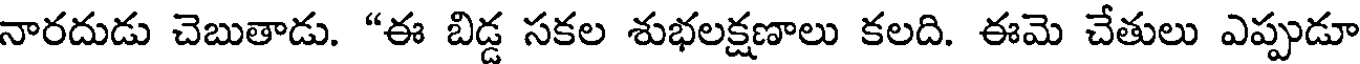
నారదుడు చెబుతాడు. "ఈ బిడ్డ సకల శుభలక్షణాలు కలది. ఈమె చేతులు ఎప్పుడూ